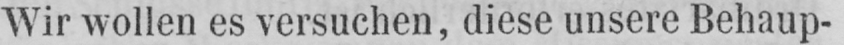
Wir wollen es versuchen, diese unsere Behaup-